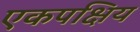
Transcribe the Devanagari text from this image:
एकपक्षिय